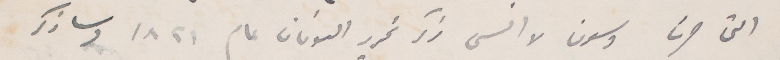
التي جرت وسوف لا انسى ذكر تحرير اليونان عام ١٨٢١ وساذكر